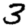
Digit: 3